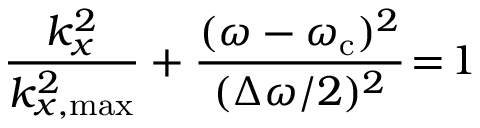
\frac { k _ { x } ^ { 2 } } { k _ { x , \mathrm { m a x } } ^ { 2 } } + \frac { ( \omega - \omega _ { \mathrm { c } } ) ^ { 2 } } { ( \Delta \omega / 2 ) ^ { 2 } } \! = \! 1